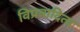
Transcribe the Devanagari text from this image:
विप्रवादिता